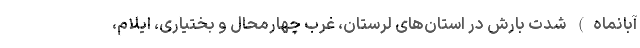
آبانماه) شدت بارش در استان‌های لرستان، غرب چهارمحال و بختیاری، ایلام،